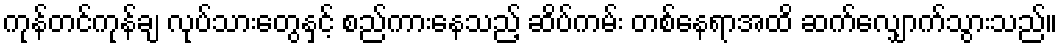
ကုန်တင်ကုန်ချ လုပ်သားတွေနှင့် စည်ကားနေသည့် ဆိပ်ကမ်း တစ်နေရာအထိ ဆက်လျှောက်သွားသည်။